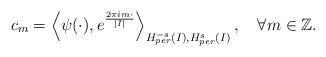
LaTeX: \begin{align*}c_m= \left \langle \psi(\cdot), e^{\frac{2\pi i m \cdot}{|I|}} \right\rangle_{H^{-s}_{per}(I), H^s_{per}(I)} , \ \ \ \forall m \in\mathbb{Z}.\end{align*}